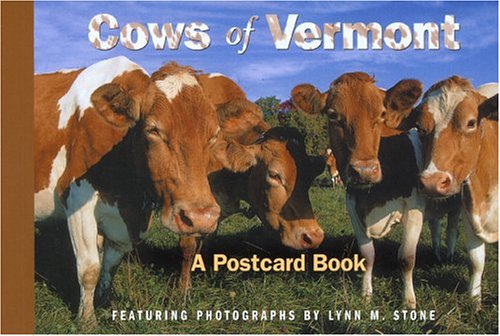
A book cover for Cows of Vermont (Postcard Books); Travel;